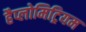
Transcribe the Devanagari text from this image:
हैप्लोमिट्रियम